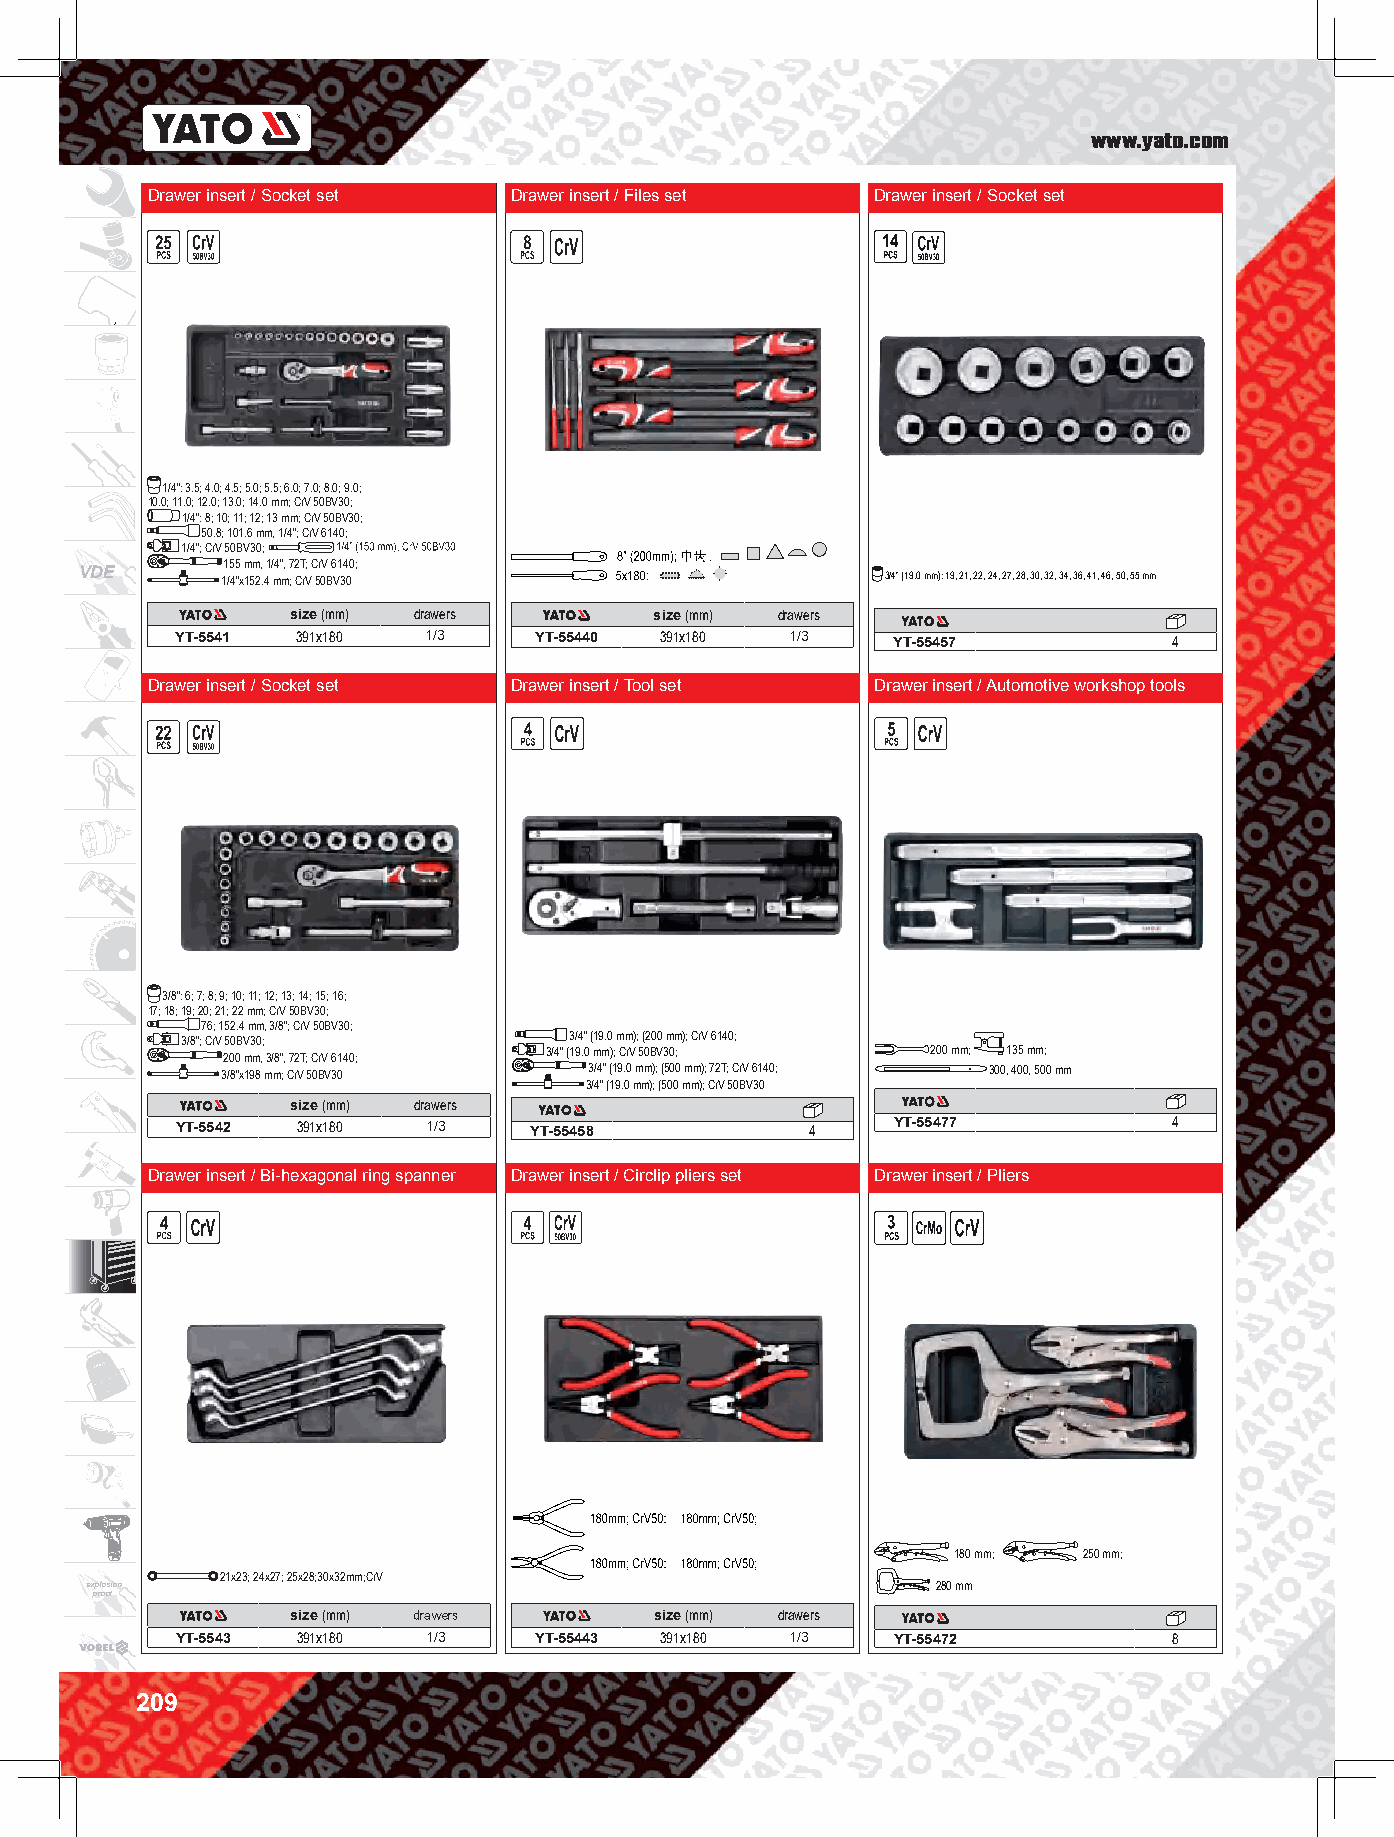
www.yato.com
 Drawer insert / Socket set Drawer insert / Files set Drawer insert / Socket set
 1/4”: 3.5; 4.0; 4.5; 5.0; 5.5; 6.0; 7.0; 8.0; 9.0;
 10.0; 11.0; 12.0; 13.0; 14.0 mm; CrV 50BV30;
 1/4”: 8; 10; 11; 12; 13 mm; CrV 50BV30;
 50.8; 101.6 mm, 1/4”; CrV 6140;
 1/4”; CrV 50BV30;
 155 mm, 1/4”, 72T; CrV 6140;
 VDE       1/4”x152.4 mm; CrV 50BV30                   3/4” (19.0 mm): 19, 21, 22, 24, 27, 28, 30, 32, 34, 36, 41, 46, 50, 55 mm
 size (mm) drawers       size (mm) drawers
 YT-5541 391x180 1/3    YT-55440 391x180 1/3    YT-55457           4
 Drawer insert / Socket set Drawer insert / Tool set Drawer insert / Automotive workshop tools
 3/8”: 6; 7; 8; 9; 10; 11; 12; 13; 14; 15; 16;
 17; 18; 19; 20; 21; 22 mm; CrV 50BV30;
 76; 152.4 mm, 3/8”; CrV 50BV30;
 3/8”; CrV 50BV30;         3/4” (19.0 mm); (200 mm); CrV 6140;
 200 mm, 3/8”, 72T; CrV 6140; 3/4” (19.0 mm); CrV 50BV30; 200 mm; 135 mm;
 3/8”x198 mm; CrV 50BV30 3/4” (19.0 mm); (500 mm); 72T; CrV 6140; 300, 400, 500 mm
 3/4” (19.0 mm); (500 mm); CrV 50BV30
 size (mm) drawers
 YT-5542 391x180 1/3    YT-55458           4    YT-55477           4
 Drawer insert / Bi-hexagonal ring spanner Drawer insert / Circlip pliers set Drawer insert / Pliers
 180 mm;  250 mm;
 21x23; 24x27; 25x28;30x32mm;CrV
 e x pp rl oo os fion                                    280 mm
 size (mm) drawers       size (mm) drawers
 YT-5543 391x180 1/3    YT-55443 391x180 1/3    YT-55472           8
 209